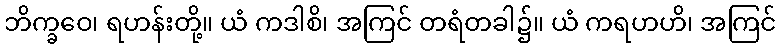
ဘိက္ခဝေ၊ ရဟန်းတို့။ ယံ ကဒါစိ၊ အကြင် တရံတခါ၌။ ယံ ကရဟဟိ၊ အကြင်